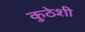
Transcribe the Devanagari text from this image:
कुठेशी